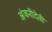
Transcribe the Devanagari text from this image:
अंजनीदेवी